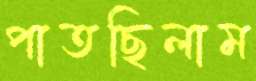
পাতছিলাম